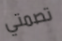
تصمتي